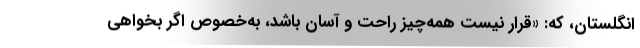
انگلستان، که: «قرار نیست همه‌چیز راحت و آسان باشد، به‌خصوص اگر بخواهی